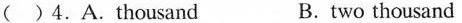
( )4.A.Thousand B.two thousand